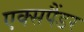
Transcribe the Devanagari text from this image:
एक्सपैंडर